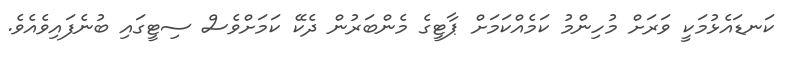
ކަނޑައެޅުމަކީ ވަރަށް މުހިންމު ކަމެއްކަމަށް ޕާޓީގެ މެންބަރުން ދެކޭ ކަމަށްވެސް ސިޓީގައި ބުނެފައިވެއެވެ.